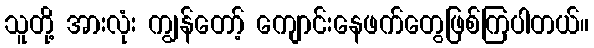
သူတို့ အားလုံး ကျွန်တော့် ကျောင်းနေဖက်တွေဖြစ်ကြပါတယ်။